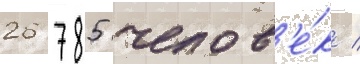
26 785 челов'е́к /